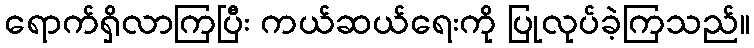
ရောက်ရှိလာကြပြီး ကယ်ဆယ်ရေးကို ပြုလုပ်ခဲ့ကြသည်။